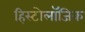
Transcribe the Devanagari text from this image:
हिस्टोलॉजिक